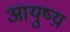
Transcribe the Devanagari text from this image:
आयुष्य़